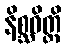
နိစ္ဆဝိတ္ထိ